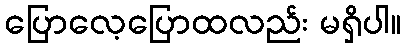
ပြောလေ့ပြောထလည်း မရှိပါ။